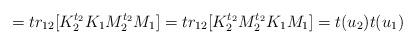
LaTeX: \begin{align*}=tr_{12}[K_2^{t_2}K_1M_2^{t_2}M_1] = tr_{12}[K_2^{t_2}M_2^{t_2}K_1M_1] =t(u_2)t(u_1)\end{align*}